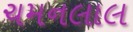
ચમનલાલ